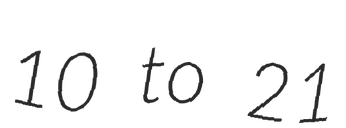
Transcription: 10 to 21